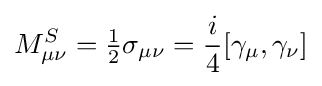
M_{\mu \nu }^{S}={\tfrac {1}{2}}\sigma _{\mu \nu }={\frac {i}{4}}[\gamma _{\mu },\gamma _{\nu }]